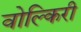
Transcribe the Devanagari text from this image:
वोल्किरी